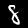
Digit: 8